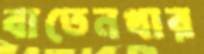
বাতেনখার